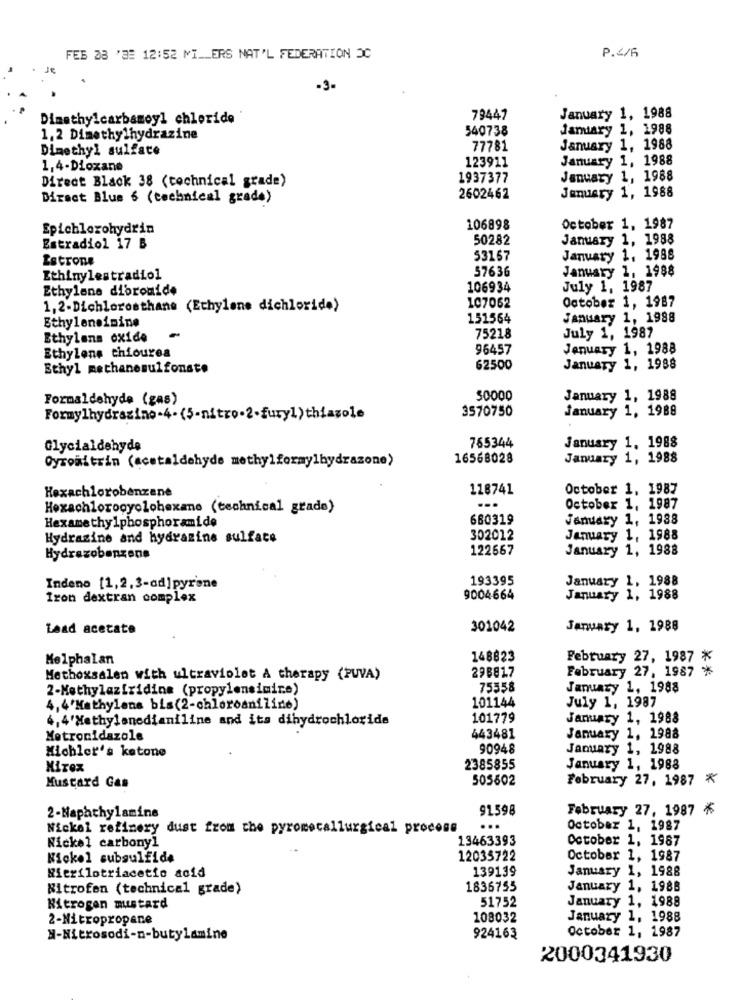
FEB 28 '3E 12:52 MILLERS NAT'L FEDERATION OC
P.4/6
-3-
Dimethylcarbamoyl chloride
79447
January 1, 1988
540738
January 1, 1988
1.2 Dimethylhydrazine
Dimethyl sulfate
77781
January 1, 1988
January 1, 1988
1,4-Dioxane
123911
Direct Black 38 (technical grade)
1937377
January 1, 1988
Direct Blue 6 (technical grade)
2602462
January 1, 1988
Spichlorohydrin
106898
October 1, 1987
50282
January 1, 1988
Estradiol 17 B
Estrone
53167
January 1, 1988
57636
January 1, 1988
Ethinylestradiol
Ethylene dibromide
106934
July 1, 1987
107062
1,2-Dichlorosthane (Ethylene dichloride)
October 1, 1987
Ethyleneimine
151564
January 1, 1988
Ethylans oxide
75218
July 1, 1987
96457
January 1, 1988
Ethylene chiourea
Ethyl methanesulfonate
62500
January 1, 1988
Formaldehyde (gas)
50000
January 1, 1988
3570750
January 1, 1988
Formylhydrasino-4. (5-nitro-2-furyl) thiazole
765344
Glycialdehyde
January 1, 1988
Gyroaltrin (acetaldehyde methylformylhydrazone)
16568028
January 1, 1988
Hexachlorobenzene
118741
October 1, 1987
Hexachlorooyolohexane (technical grade)
October 1, 1987
Hexamethylphosphoramide
660319
January 1, 1988
Hydrazine and hydrazine sulfate
302012
January 1, 1988
122667
January 1, 1988
Hydrazobenzene
193395
January 1, 1988
Indeno [1,2,3-ad]pyrene
Iron dextran complex
9004664
January 1, 1988
Laad acetate
301042
January 1, 1988
Melphalan
148823
February 27, 1987 *
298817
Methoxsalen with ultraviolet A therapy (PUVA)
February 27, 1987 ℃
2-Methylaziridine (propylensimire)
75558
January 1, 1988
101144
July 1, 1987
4, 4'Mathylans bis(2-chloroaniline)
4, 4'Methylenedianiline and its dihydrochloride
101779
January 1, 1988
Metronidazole
443481
January 1, 1988
Michler's ketone
90948
January 1, 1988
Mizex
2385855
January 1, 1988
505502
February 27, 1987 *
Mustard Gas
91.598
February 27, 1987
2-Napathylamine
Nickel refinery dust from the pyrometallurgical process
...
October 1, 1987
13463393
October 1, 1987
Nickel carbonyl
Nickel subsulfide
12035722
October 1, 1987
139139
January 1, 1988
Nierilotriacetio acid
Nitrofen (technical grade)
1836755
January 1, 1988
51752
Nitrogen mustard
January 1, 1988
2-Nitropropane
108032
January 1, 1988
N-Nitrosodi-n-butylamine
924163
October 1, 1987
2000341930